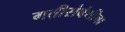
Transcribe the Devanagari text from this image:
गतीसंबंधीचा